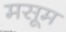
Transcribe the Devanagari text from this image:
मसूम